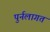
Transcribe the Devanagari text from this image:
पुर्नलागत